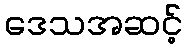
ဒေသအဆင့်